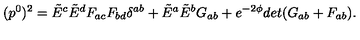
( p ^ { 0 } ) ^ { 2 } = \tilde { E } ^ { c } \tilde { E } ^ { d } F _ { a c } F _ { b d } \delta ^ { a b } + \tilde { E } ^ { a } \tilde { E } ^ { b } G _ { a b } + e ^ { - 2 \phi } d e t ( G _ { a b } + F _ { a b } ) .